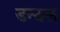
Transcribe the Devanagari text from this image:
डन्ठल